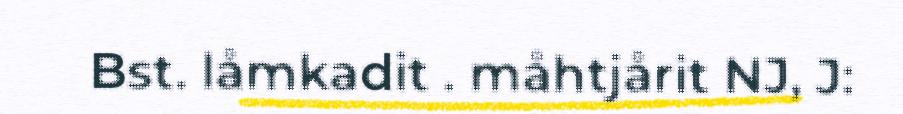
Bst. låmkadit . måhtjårit NJ, J: